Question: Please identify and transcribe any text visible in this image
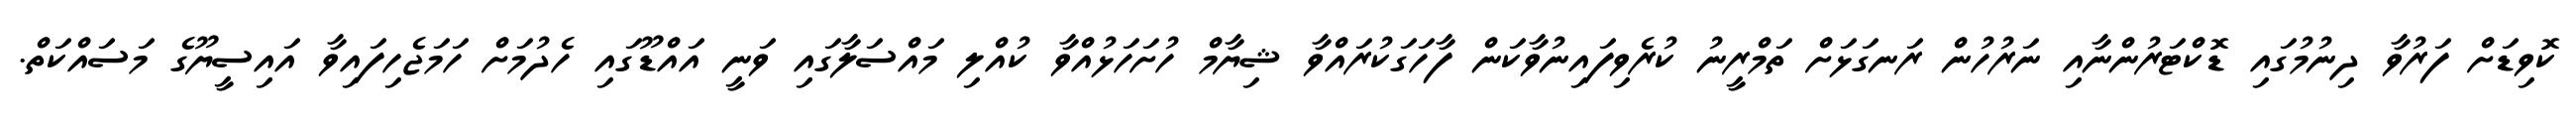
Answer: ކޮވިޑަށް ފަރުވާ ދިނުމުގައި ޑޮކްޓަރުންނާއި ނަރުހުން ރަނގަޅަށް ތަމްރީނު ކުރެވިފައިނުވާކަން ފާހަގަކުރައްވާ ޝިޔާމް ހުށަހަޅުއްވާ ކުއްލި މައްސަލާގައި ވަނީ އައްޑޫގައި ހެދުމަށް ހަމަޖެހިފައިވާ އައިސީޔޫގެ މަސައްކަތް.